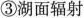
③湖面辐射